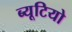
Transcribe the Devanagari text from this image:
ब्यूटियो